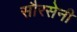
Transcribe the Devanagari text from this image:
सौरसेनी